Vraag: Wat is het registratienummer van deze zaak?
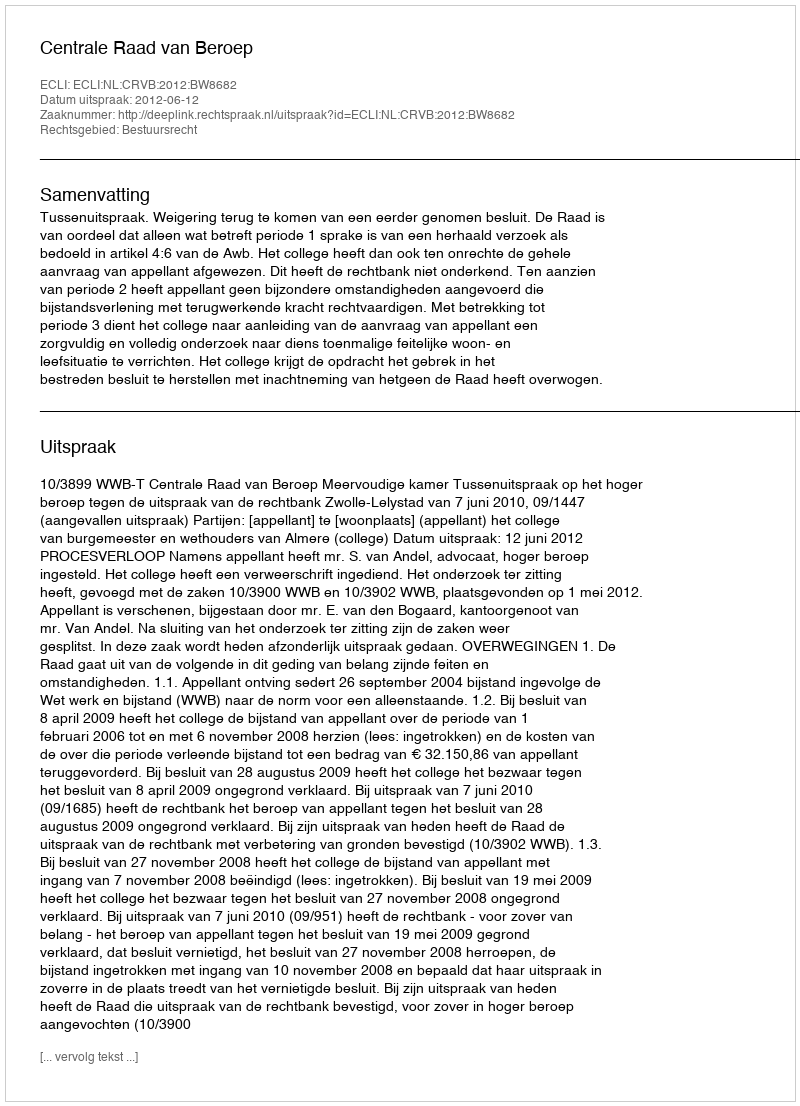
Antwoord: http://deeplink.rechtspraak.nl/uitspraak?id=ECLI:NL:CRVB:2012:BW8682